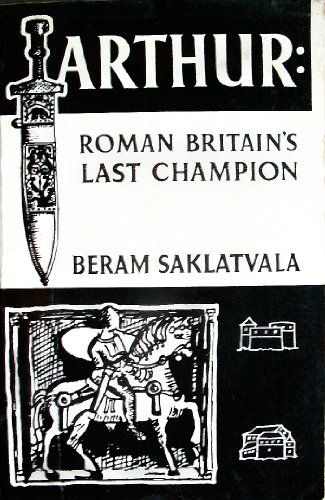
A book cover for Arthur: Roman Britain's Last Champion; Beram Saklatvala; Self-Help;